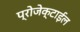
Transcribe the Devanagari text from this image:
प्रोजेक्टाईल